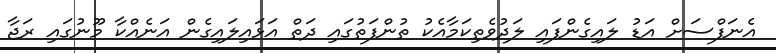
އެނަފްސަށް އަޑު ލައިގެންފައި ލަދުވެތިކަމާއެކު ތުންފަތުގައި ދަތް އަޅައިލައިގެން އަނެއްކާ މޫނުގައި ރަޖާ